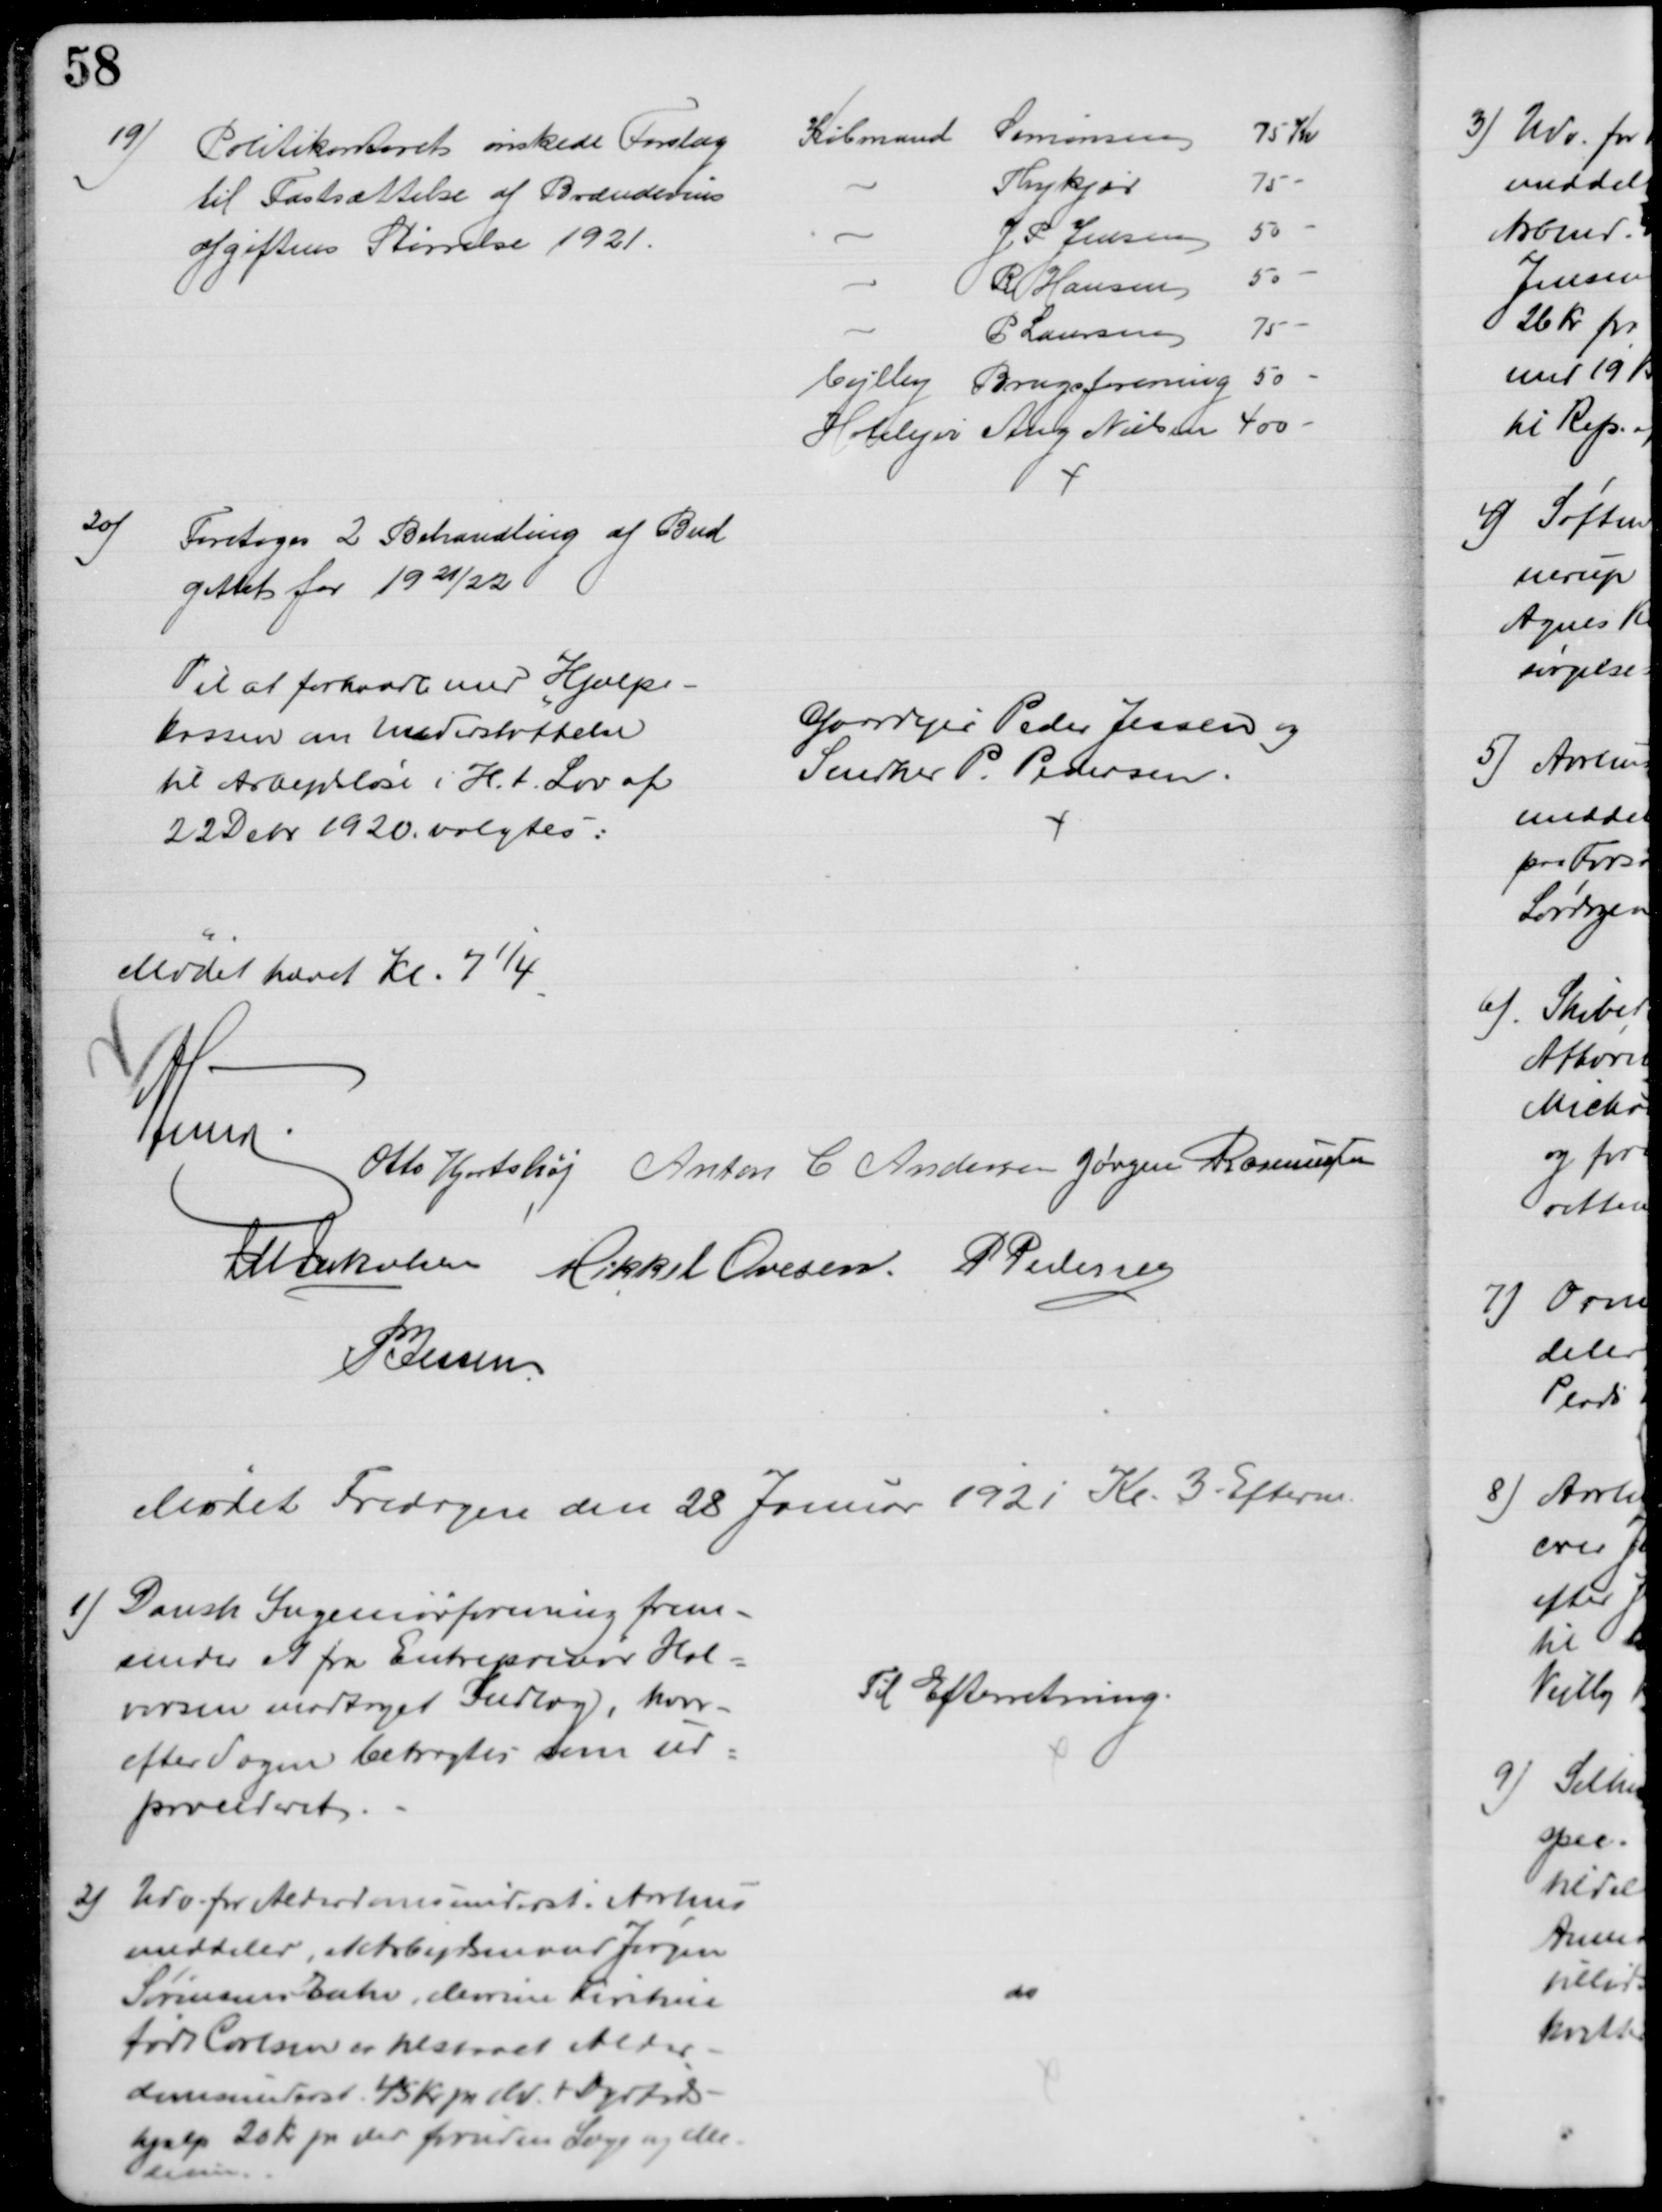
Transskription:
19)
Politikontoret ønskede Forslag 
til Fastsættelse af Brændevins
afgiftens Størrelse 1921.
Købmand Simonsen
75 Kr
Thykjær
75
J P Jensen
50 
R Hansen
50
P Laursen
75 
Vejlby Brugsforening 50
Hotelejer Aug Nielsen 400 
20)
Foretoges 2 Behandling af Bud
gettet for 1921/22
Til at forhandle med Hjælpe-
kassen om Understøttelse
til Arbejdsløse i H.t. Lov af
22 Debr 1920 valgtes:
Gaardejer Peder Jessen og
Snedker P. Pedersen.
Mødet hævet Kl 7¼
A Lund
Otto Hjortshøj Anton C Andersen Jørgen Rasmussen
J M Jakobsen Mikkel Ovesen P Pedersen
P. Jessen
Mødet Fredagen den 28 Januar 1921 Kl. 3 Efterm.
1) Dansk Ingeniørforening frem-
sender et fra Entrepriser Hal=
vorsen modtaget Indlæg, hvor-
efter Sagen betragtes som ud=
procederet.
Til Efterretning.
2) Udv. for Alderdomsunderst. i Aarhus
meddeler, at Arbejdsmand Jørgen
Sørensens Enke, Marie Kirstine
født Carlsen er tilstaaet Alder-
domsunderst. 45 Kr pr Md + Dyrtids-
hjælp 20 Kr pr Md foruden Læge og Me-
dicin
do